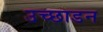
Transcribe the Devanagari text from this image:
उच्छाडन